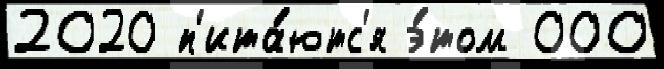
2020 п'ита́ютс'я э́том 000